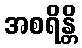
အစရိန္တိ